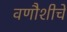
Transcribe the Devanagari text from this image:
वणौशीचे